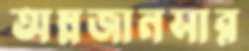
অম্লজানসার